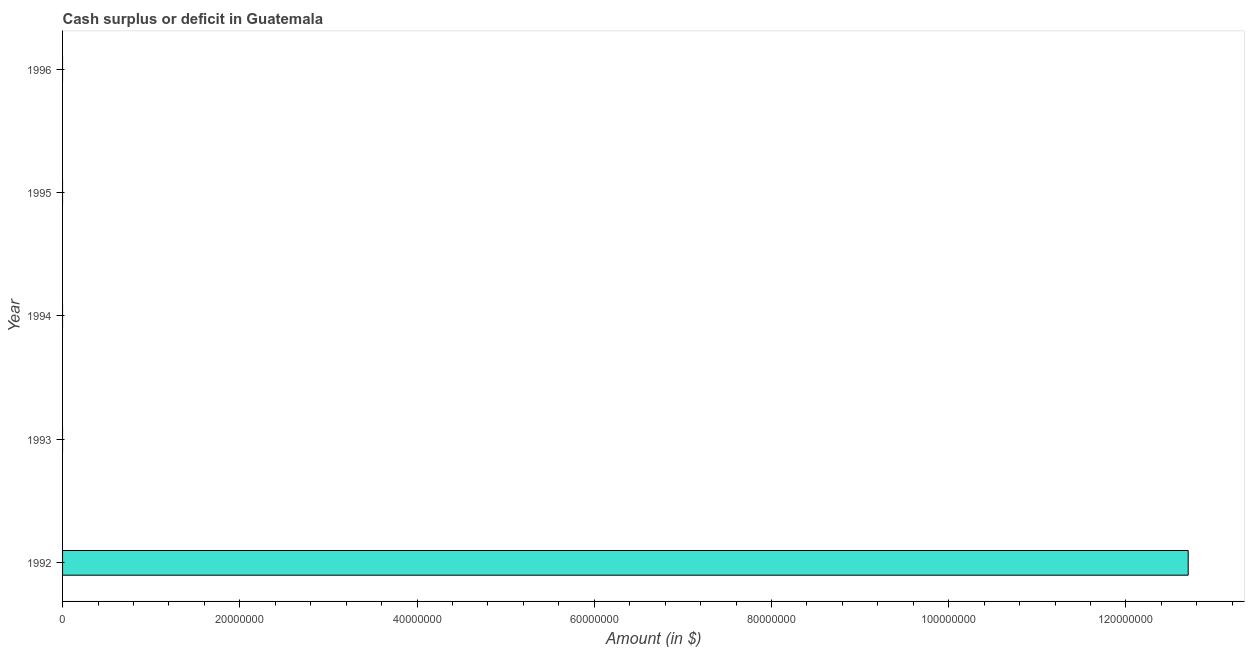
| Year | Cash surplus or deficit |
 | --- | --- |
 | 1992 | 1.27e+08 |
 | 1993 | -4.48e+08 |
 | 1994 | -8.77e+08 |
 | 1995 | -3.99e+08 |
 | 1996 | -1.14e+08 |